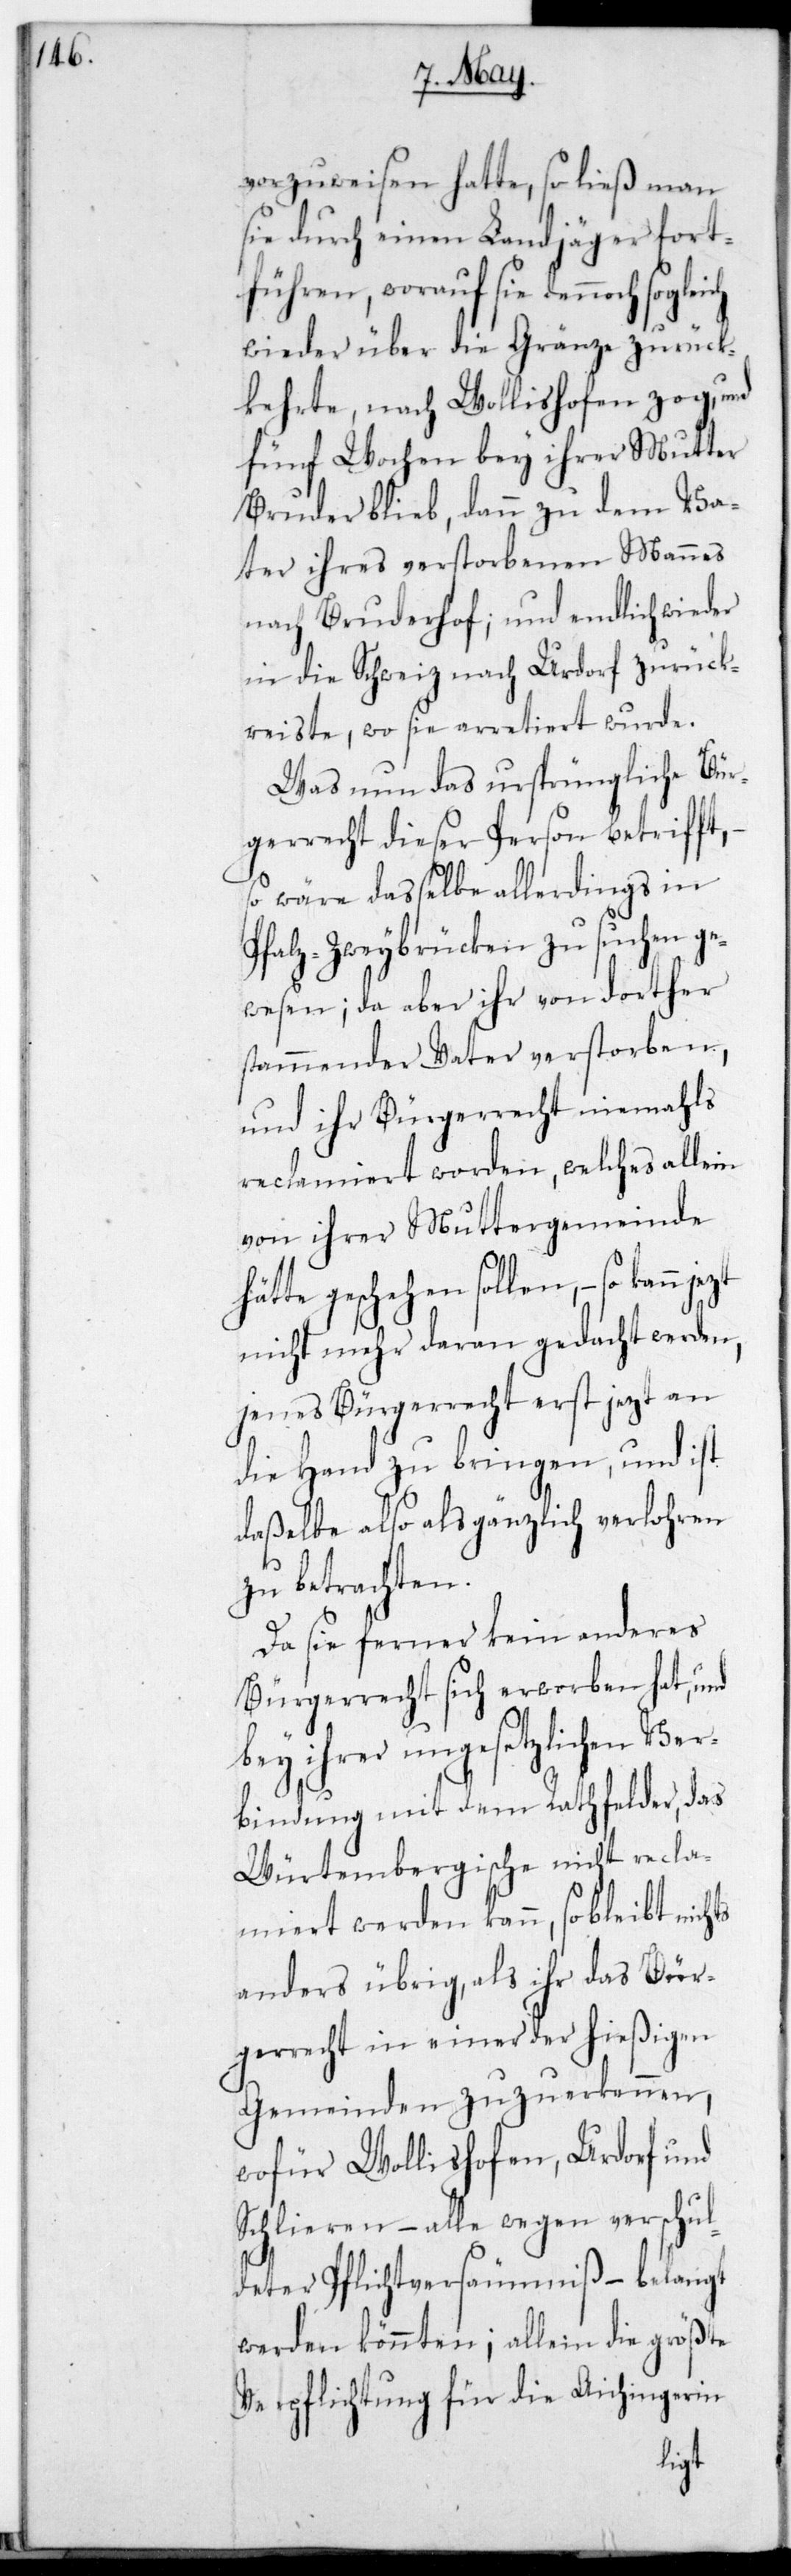
vorzuweisen hatte, so ließ man
sie durch einen Landjäger fort¬
führen, worauf sie dennoch
wieder über die Gränze zurück¬
kehrte, nach Wollishofen zog, und
fünf Wochen bey ihrer Mutter
Bruder blieb, dann zu dem Va¬
ter ihres verstorbenen Mannes
nach Bruderhof; und endlich wieder
in die Schweiz nach Urdorf zurück¬
reiste, wo sie arretiert wurde.
Was nun das ursprüngliche Bür¬
gerrecht dieser Person betrifft,
so wäre daßelbe allerdings in
Pfalz-Zweybrücken zu suchen ge¬
wesen; da aber ihr von dorther
stammender Vater verstorben,
und ihr Bürgerrecht niemals
reclamiert worden, welches allein
von ihrer Muttergemeinde
hätte geschehen sollen, – so kann
nicht mehr daran gedacht werden,
jenes Bürgerrecht erst jetzt an
die Hand zu bringen, und ist
daßelbe also als gänzlich verloren
zu betrachten.
Da sie ferner kein anderes
Bürgerrecht sich erworben hat, und
bey ihrer ungesetzlichen Ver¬
bindung mit dem Rathfelder, das
Würtembergische nicht recla¬
miert werden kann, so bleibt
anders übrig, als ihr das Bür¬
gerrecht in einer der hießigen
Gemeinden zuzuerkennen,
wofür Wollishofen, Urdorf und
Schlieren, – alle wegen verschul¬
deter Pflichtversäumniß – belangt
werden könnten; allein die größte
Verpflichtung für die Aichingerin